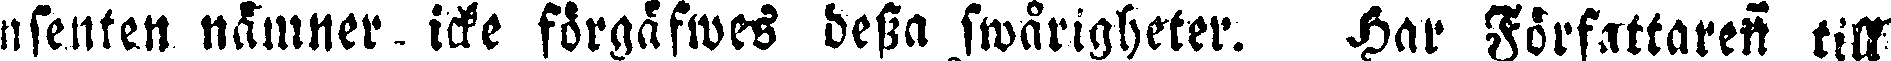
nsenten nämner icke förgåfwes dessa swårigheter. Har Författaren till